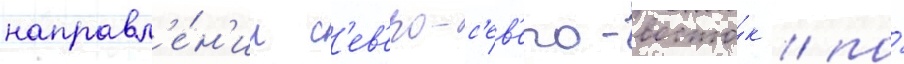
направл'е́н'ии с'ев'еро-с'ев'еро-восто́к / по́